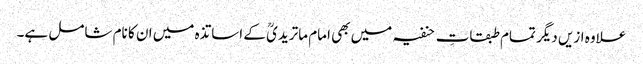
علاوہ ازیں دیگر تمام طبقاتِ حنفیہ میں بھی امام ماتریدیؒ کے اساتذہ میں ان کا نام شامل ہے۔